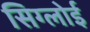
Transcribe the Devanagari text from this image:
सिग्लोई